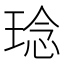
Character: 𤦬